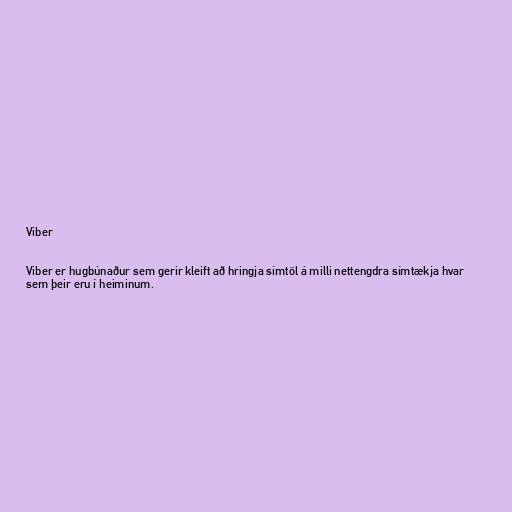
Viber

Viber er hugbúnaður sem gerir kleift að hringja símtöl á milli nettengdra símtækja hvar
sem þeir eru í heiminum.